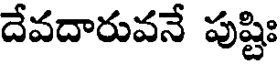
దేవదారువనే పుష్టిః